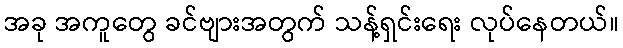
အခု အကူတွေ ခင်ဗျားအတွက် သန့်ရှင်းရေး လုပ်နေတယ်။